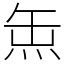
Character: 缹